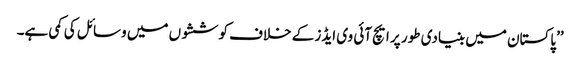
’’پاکستان میں بنیادی طور پر ایچ آئی وی ایڈز کے خلاف کوششوں میں وسائل کی کمی ہے۔